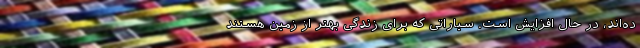
ده‌اند، در حال افزایش است. سیاراتی که برای زندگی بهتر از زمین هستند